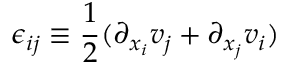
\epsilon _ { i j } \equiv { \frac { 1 } { 2 } } ( \partial _ { x _ { i } } v _ { j } + \partial _ { x _ { j } } v _ { i } )